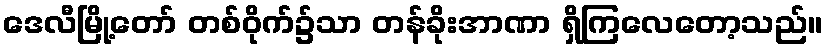
ဒေလီမြို့တော် တစ်ဝိုက်၌သာ တန်ခိုးအာဏာ ရှိကြလေတော့သည်။